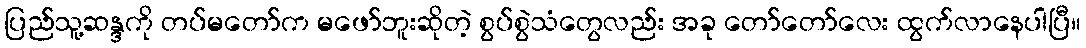
ပြည်သူ့ဆန္ဒကို တပ်မတော်က မဖော်ဘူးဆိုတဲ့ စွပ်စွဲသံတွေလည်း အခု တော်တော်လေး ထွက်လာနေပါပြီ။